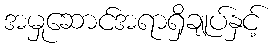
အမှုဆောင်အရာရှိချုပ်နှင့်